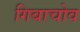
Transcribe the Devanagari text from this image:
गिबाचोव